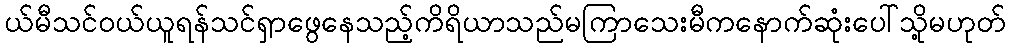
ယ်မီသင်ဝယ်ယူရန်သင်ရှာဖွေနေသည့်ကိရိယာသည်မကြာသေးမီကနောက်ဆုံးပေါ်သို့မဟုတ်